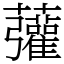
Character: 虇